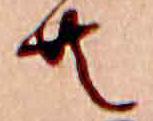
共